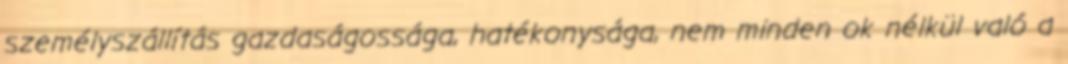
személyszállítás gazdaságossága, hatékonysága, nem minden ok nélkül való a